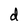
Character: d